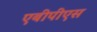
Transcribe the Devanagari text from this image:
एबीपीएस